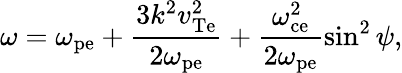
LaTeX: \omega=\omega_{\mathrm{pe}}+\frac{3k^{2}v_{\mathrm{Te}}^{2}}{2\omega_{\mathrm{pe}}}+\frac{\omega_{\mathrm{ce}}^{2}}{2\omega_{\mathrm{pe}}}\sin^{2}{\psi},